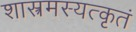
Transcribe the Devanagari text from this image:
शास्त्रमस्यत्कृतं